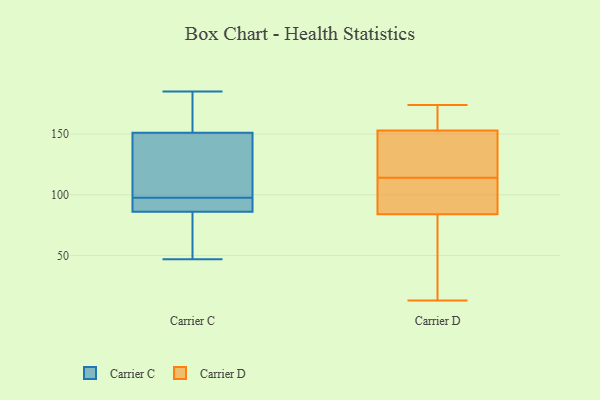
{"axis": {"x": "Website Visitors", "y": "Value"}, "legend": ["Carrier C", "Carrier D"], "data": [{"x": "", "y": 185, "type": "Carrier C"}, {"x": "", "y": 65, "type": "Carrier C"}, {"x": "", "y": 63, "type": "Carrier C"}, {"x": "", "y": 175, "type": "Carrier C"}, {"x": "", "y": 105, "type": "Carrier C"}, {"x": "", "y": 65, "type": "Carrier C"}, {"x": "", "y": 92, "type": "Carrier C"}, {"x": "", "y": 91, "type": "Carrier C"}, {"x": "", "y": 151, "type": "Carrier C"}, {"x": "", "y": 151, "type": "Carrier C"}, {"x": "", "y": 82, "type": "Carrier C"}, {"x": "", "y": 90, "type": "Carrier C"}, {"x": "", "y": 95, "type": "Carrier C"}, {"x": "", "y": 108, "type": "Carrier C"}, {"x": "", "y": 158, "type": "Carrier C"}, {"x": "", "y": 98, "type": "Carrier C"}, {"x": "", "y": 97, "type": "Carrier C"}, {"x": "", "y": 47, "type": "Carrier C"}, {"x": "", "y": 131, "type": "Carrier C"}, {"x": "", "y": 177, "type": "Carrier C"}, {"x": "", "y": 171, "type": "Carrier D"}, {"x": "", "y": 140, "type": "Carrier D"}, {"x": "", "y": 13, "type": "Carrier D"}, {"x": "", "y": 123, "type": "Carrier D"}, {"x": "", "y": 110, "type": "Carrier D"}, {"x": "", "y": 153, "type": "Carrier D"}, {"x": "", "y": 94, "type": "Carrier D"}, {"x": "", "y": 67, "type": "Carrier D"}, {"x": "", "y": 84, "type": "Carrier D"}, {"x": "", "y": 118, "type": "Carrier D"}, {"x": "", "y": 127, "type": "Carrier D"}, {"x": "", "y": 84, "type": "Carrier D"}, {"x": "", "y": 54, "type": "Carrier D"}, {"x": "", "y": 108, "type": "Carrier D"}, {"x": "", "y": 161, "type": "Carrier D"}, {"x": "", "y": 174, "type": "Carrier D"}, {"x": "", "y": 96, "type": "Carrier D"}, {"x": "", "y": 159, "type": "Carrier D"}]}